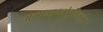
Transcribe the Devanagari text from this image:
अगामाग्लोबुलिनरक्तता